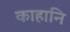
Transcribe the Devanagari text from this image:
काहानि